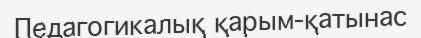
Педагогикалық қарым-қатынас